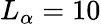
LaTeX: L_{\alpha}=10